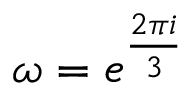
\omega = e ^ { \frac { 2 \pi i } { 3 } }